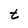
Character: t